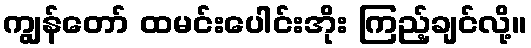
ကျွန်တော် ထမင်းပေါင်းအိုး ကြည့်ချင်လို့။